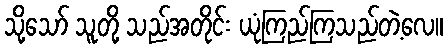
သို့သော် သူတို့ သည်အတိုင်း ယုံကြည်ကြသည်တဲ့လေ။